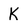
Character: K